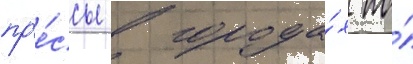
пр'е́ссы в города́х по́